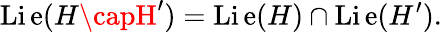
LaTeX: \operatorname{Li\mathrm{e}}(H\capH^{\prime})=\operatorname{Li\mathrm{e}}(H)\cap\operatorname{Li\mathrm{e}}(H^{\prime}).